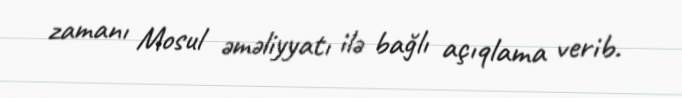
zamanı Mosul əməliyyatı ilə bağlı açıqlama verib.